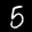
Label: 5